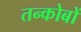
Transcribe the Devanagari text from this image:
तन्कोबों